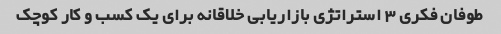
طوفان فکری 3 استراتژی بازاریابی خلاقانه برای یک کسب و کار کوچک